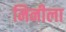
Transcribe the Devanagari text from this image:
मिनीला